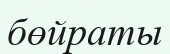
бөйраты